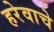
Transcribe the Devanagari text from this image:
हरेवाचे